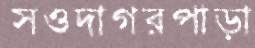
সওদাগরপাড়া